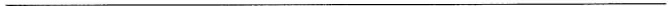
___